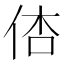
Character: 𠉉